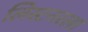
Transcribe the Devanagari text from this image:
लिस्टनरला